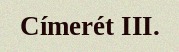
Címerét III.